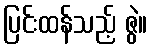
ပြင်းထန်သည့် ဇွဲ။